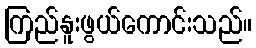
ကြည်နူးဖွယ်ကောင်းသည်။